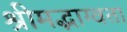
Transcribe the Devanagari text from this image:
श्रीमद्भाग्वता